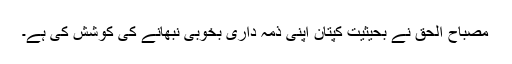
مصباح الحق نے بحیثیت کپتان اپنی ذمہ داری بخوبی نبھانے کی کوشش کی ہے۔